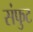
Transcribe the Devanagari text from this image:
संफुट